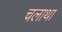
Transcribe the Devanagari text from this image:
चलाथा